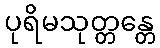
ပုရိမသုတ္တန္တေ